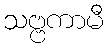
သဗ္ဗကာမီ